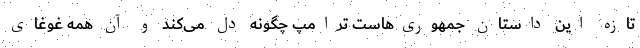
تازه این داستان جمهوری‌هاست ترامپ چگونه دل می‌کَند و آن همه غوغای